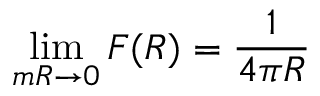
\operatorname * { l i m } _ { m R \rightarrow 0 } { \cal F } ( R ) = \frac { 1 } { 4 \pi R }